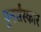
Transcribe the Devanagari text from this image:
पुनर्संस्कार